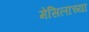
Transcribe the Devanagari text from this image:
मेसिलाच्या